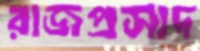
রাজপ্রসাদ